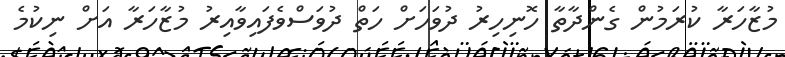
މުޒާހަރާ ކުރަމުން ގެންދާތާ ހޮނިހިރު ދުވަހަށް ހަތް ދުވަސްވެފައިވާއިރު މުޒާހަރާ އަށް ނިކުމެ